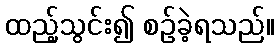
ထည့်သွင်း၍ စဉ်ခဲ့ရသည်။